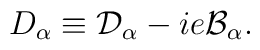
D_{\alpha }\equiv \mathcal{D}_{\alpha }-ie\mathcal{B}_{\alpha }.